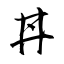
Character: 丼